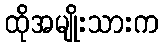
ထိုအမျိုးသားက